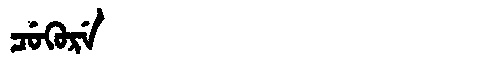
Manchu: ᠴᡠᡴᡠᡵᡝ
Romanization: CUKURE